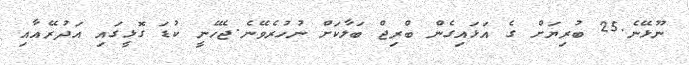
ނޫޅޭނެ.25 ބުރިޔަށް ގެ އަޅައިގެން ބްްރިޖް ބަލާކަށް ނުހުރެވޭނެ.ޖެހޭނީ ކުޑަ ގޮޅީގައި އަދުރޭއާއި